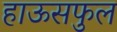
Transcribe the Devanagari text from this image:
हाऊसफुल